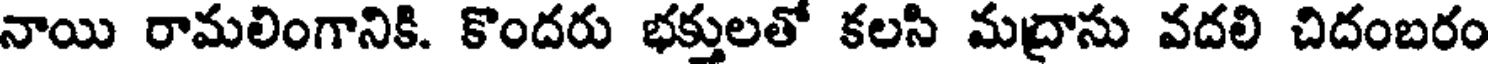
నాయి రామలింగానికి. కొందరు భక్తులతో కలసి మద్రాసు వదలి చిదంబరం